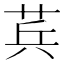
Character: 𮏊